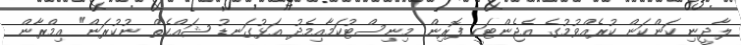
ލާދީނި ކަންކަން ކުރެއްވުމުގެ އެޖެންޓަކީ ފޮރިން މިނިސްޓުކަމާއިމެދު އަޅުގަނޑު ޝައްކެތް ނުކުރަން" އިމްރާން